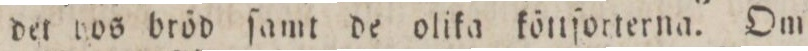
det hos bröd ſamt de olika köttſorterna. Om